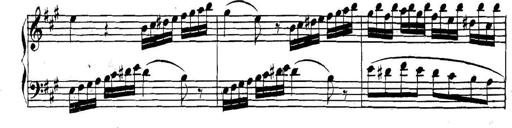
Title: Collected Piano Sonatas
Composer: Muzio Clementi